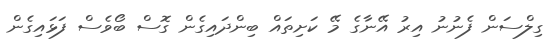
ގިލްސަން ފެނުނު އިރު އޭނާގެ މޭ ކަށިތައް ބިންދައިގެން ގޮސް ބޯވެސް ފަޅައިގެން